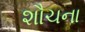
શૌચના